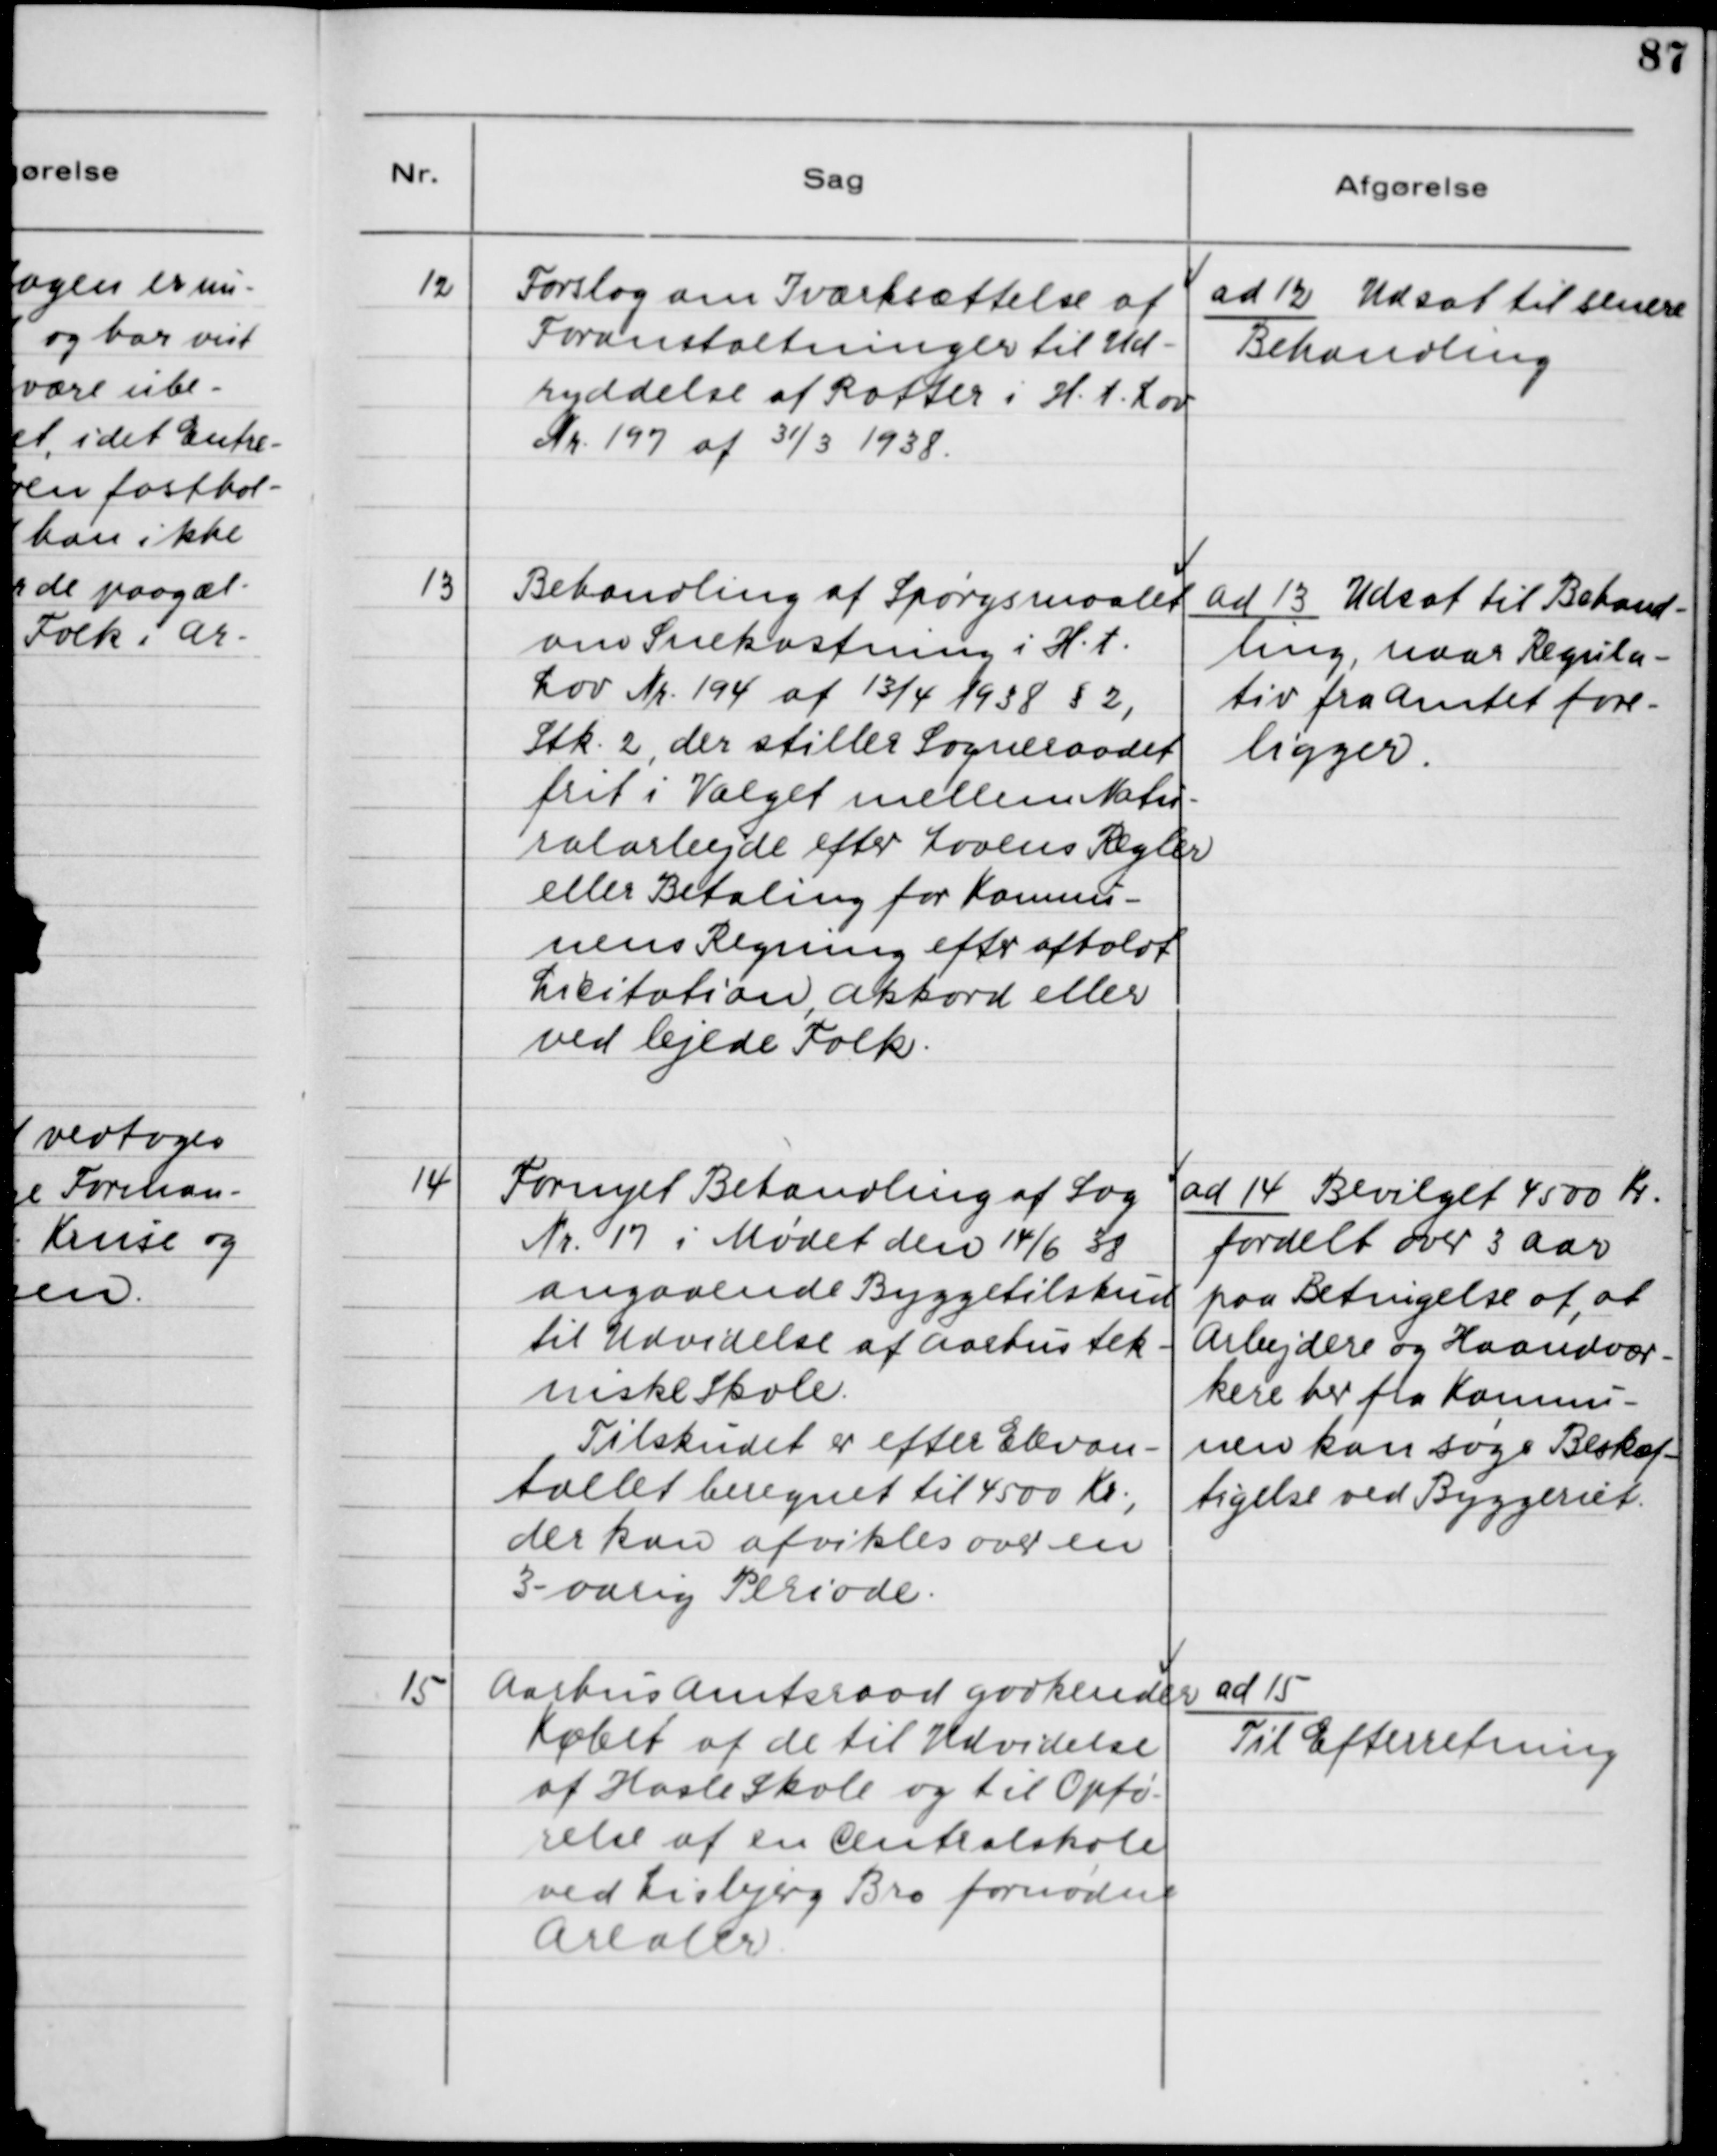
Transskription:
12. Forslag om Iværksættelse af
Foranstaltninger til Ud-
ryddelse af Rotter i H. t. Lov
Nr. 197 af 31/3 1938.

ad 12. Udsat til senere
Behandling

13. Behandling af Spørgsmaalet
om Snekastning i H.t.
Lov Nr. 194 af 13/4 1938 § 2,
Stk. 2, der stiller Sogneraadet
frit i Valget mellem Natur-
ralarbejde efter Lovens Regler
eller Betaling for Kommu-
nens Regning efter afholdt
Licitation, Akkord eller
ved lejede Folk.

ad 13. Udsat til Behand-
ling, naar Regula-
tiv fra Amtet fore-
ligger.

14. Fornyet Behandling af Sag
Nr. 17 i Mødet den 14/6 38
angaaende Byggetilskud
til Udvidelse af Aarhus tek-
niske Skole.
Tilskudet er efter Elevan-
tallet beregnet til 4500 Kr.,
der kan afvikles over en
3-aarig Periode.

ad 14. Bevilget 4500 Kr.
fordelt over 3 Aar
paa Betingelse af, at
Arbejdere og Haandvær-
kere her fra Kommu-
nen kan søge Beskæf-
tigelse ved Byggeriet.

15. Aarhus Amtsraad godkender
Købet af de til Udvidelse
af Hasle Skole og til Opfø-
relse af en Centralskole
ved Lisbjerg Bro fornødne
Arealer.

ad 15.
Til Efterretning.